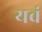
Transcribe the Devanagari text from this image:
यवं